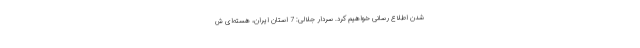
شدن اطلاع رسانی خواهیم کرد. سردار جلالی: 7 استان ایران، هسته‌ای ش